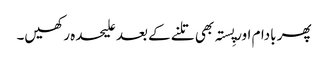
پھر بادام اور پِستہ بھی تلنے کے بعد علیحدہ رکھیں۔